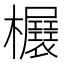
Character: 𣡃